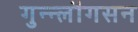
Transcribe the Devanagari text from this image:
गुन्न्लौगसन